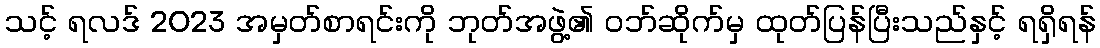
သင့် ရလဒ် 2023 အမှတ်စာရင်းကို ဘုတ်အဖွဲ့၏ ဝဘ်ဆိုက်မှ ထုတ်ပြန်ပြီးသည်နှင့် ရရှိရန်